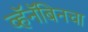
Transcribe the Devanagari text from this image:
व्हॅनॅबिनचा